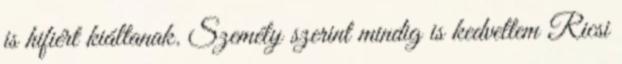
is hifiért kiáltanak. Személy szerint mindig is kedveltem Ricsi